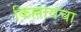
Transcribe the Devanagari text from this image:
किल्लायचा